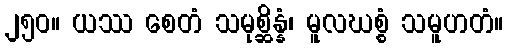
၂၅၀။ ယဿ စေတံ သမုစ္ဆိန္နံ၊ မူလဃစ္စံ သမူဟတံ။